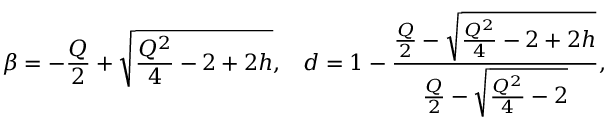
\beta = - \frac { Q } { 2 } + \sqrt { \frac { Q ^ { 2 } } { 4 } - 2 + 2 h } , \, \, \, \, \, d = 1 - \frac { \frac { Q } { 2 } - \sqrt { \frac { Q ^ { 2 } } { 4 } - 2 + 2 h } } { \frac { Q } { 2 } - \sqrt { \frac { Q ^ { 2 } } { 4 } - 2 } } ,